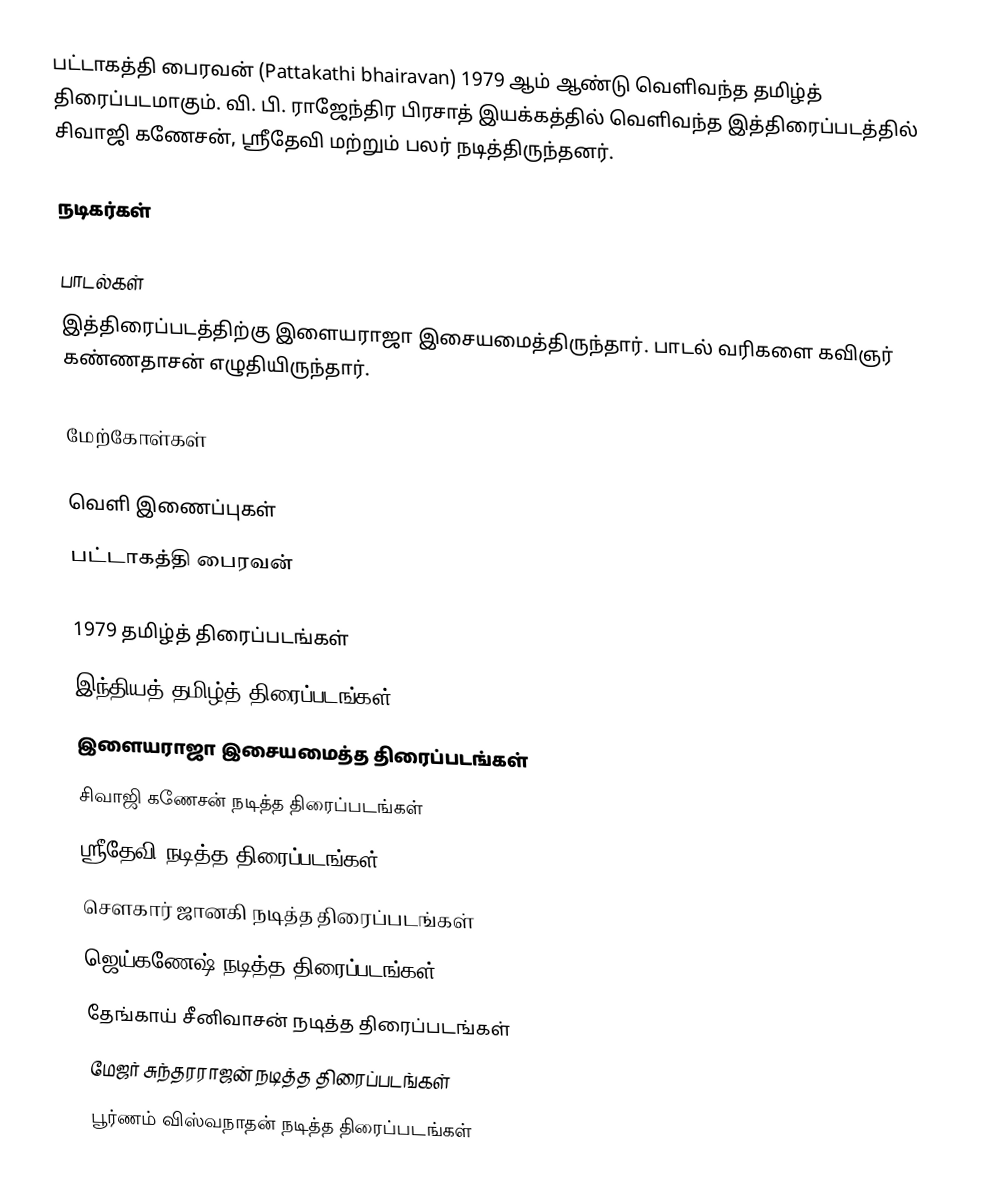
பட்டாகத்தி பைரவன் (Pattakathi bhairavan) 1979 ஆம் ஆண்டு வெளிவந்த தமிழ்த் திரைப்படமாகும். வி. பி. ராஜேந்திர பிரசாத் இயக்கத்தில் வெளிவந்த இத்திரைப்படத்தில் சிவாஜி கணேசன், ஸ்ரீதேவி மற்றும் பலர் நடித்திருந்தனர்.

நடிகர்கள்

பாடல்கள்
இத்திரைப்படத்திற்கு இளையராஜா இசையமைத்திருந்தார். பாடல் வரிகளை கவிஞர் கண்ணதாசன் எழுதியிருந்தார்.

மேற்கோள்கள்

வெளி இணைப்புகள்
 பட்டாகத்தி பைரவன்

1979 தமிழ்த் திரைப்படங்கள்
இந்தியத் தமிழ்த் திரைப்படங்கள்
இளையராஜா இசையமைத்த திரைப்படங்கள்
சிவாஜி கணேசன் நடித்த திரைப்படங்கள்
ஸ்ரீதேவி நடித்த திரைப்படங்கள்
சௌகார் ஜானகி நடித்த திரைப்படங்கள்
ஜெய்கணேஷ் நடித்த திரைப்படங்கள்
தேங்காய் சீனிவாசன் நடித்த திரைப்படங்கள்
மேஜர் சுந்தரராஜன் நடித்த திரைப்படங்கள்
பூர்ணம் விஸ்வநாதன் நடித்த திரைப்படங்கள்